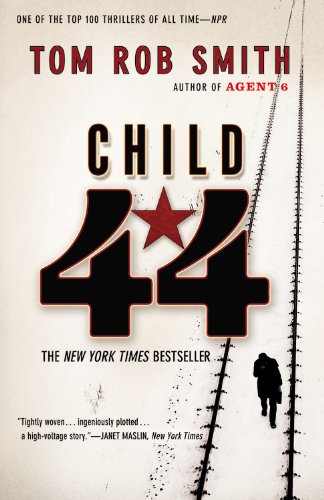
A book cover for Child 44 (The Child 44 Trilogy); Tom Rob Smith; Mystery, Thriller & Suspense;